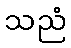
သညံ